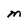
Character: M